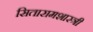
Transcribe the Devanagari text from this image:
सितारामशास्त्री